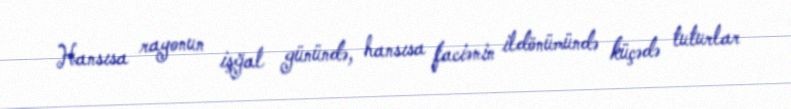
Hansısa rayonun işğal günündə, hansısa faciənin ildönümündə küçədə tuturlar